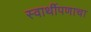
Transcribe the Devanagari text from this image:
स्वार्थीपणाचा